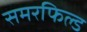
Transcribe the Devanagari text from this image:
समरफिल्ड